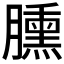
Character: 臐